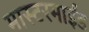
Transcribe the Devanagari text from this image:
मास्टरमाईंड